Annual returns of the Patna Lunatic Asylum at Bankipore in Bihar and Orissa - 1912-1924
Year: 1912
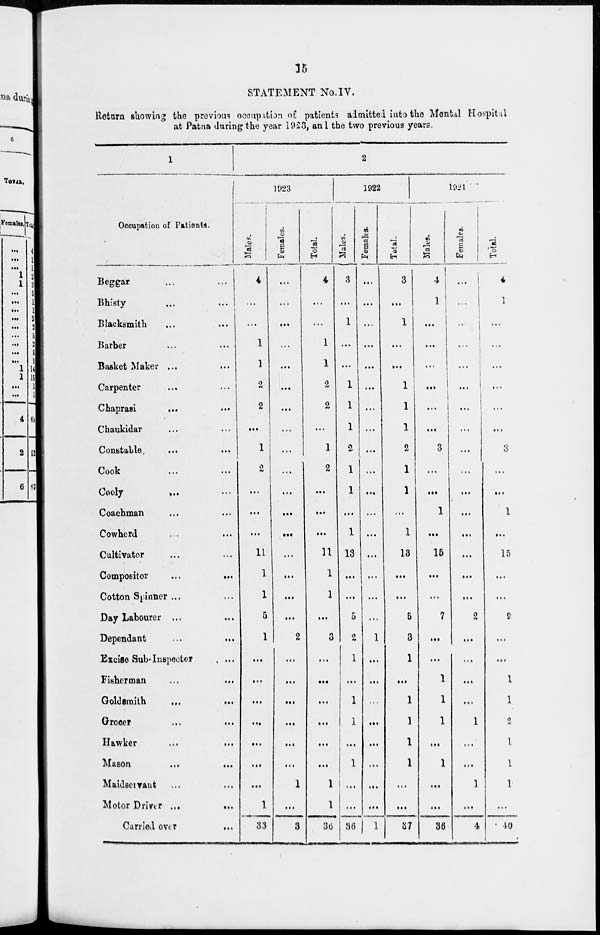
15
STATEMENT No.IV.
Return showing the previous occupation of patients admitted into the Mental Hospital
at Patna during the year 1923, and the two previous years.
1
Occupation of Patients.
Beggar ... ...
Bhisty ... ...
Blacksmith ... ...
Barber ... ...
Basket Maker ... ...
Carpenter ... ...
Chaprasi
...
...
Chaukidar ... ...
Constable ... ...
Cook ... ...
Cooly
... ...
Coachman ... ...
Cowherd ... ...
Cultivator ... ...
Compositor
...
...
Cotton Spinner ... ...
Day Labourer ... ...
Dependant ... ...
Excise Sub-Inspector ...
Fisherman ... ...
Gold smith
... ...
Grocer ... ...
Hawker ... ...
Mason ... ...
Maidservant ...
Motor Driver ...
...
Carried over
...
2
1923
Males.
4
...
...
1
1
2
2
...
1
2
...
...
...
11
1
1
5
1
...
...
...
...
...
...
...
1
33
Females.
...
...
...
...
...
...
...
...
...
...
...
...
...
...
...
...
...
2
...
...
...
...
...
...
1
...
3
Total.
4
...
...
1
1
2
2
...
1
2
...
...
...
11
1
1
...
3
...
...
...
...
...
...
1
1
36
1922
Males.
3
...
1
...
...
1
1
1
2
1
1
...
1
13
...
...
5
2
1
...
1
1
...
1
...
...
36
Females.
...
...
...
...
...
...
...
...
...
...
...
...
...
...
...
...
...
1
...
...
...
...
...
...
...
...
1
Total.
3
...
1
...
...
1
1
1
2
1
1
...
1
13
...
...
5
3
1
...
1
1
1
1
...
...
37
1921
Males.
4
1
...
...
...
...
...
...
3
...
...
1
...
15
...
...
7
...
...
1
1
1
...
1
...
...
36
Females.
...
...
...
...
...
...
...
...
...
...
...
...
...
...
...
...
2
...
...
...
...
1
...
...
1
...
4
Total.
4
1
...
...
...
...
...
...
3
...
...
1
...
15
...
...
9
...
...
1
1
2
1
1
1
...
40